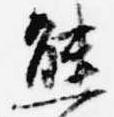
熊